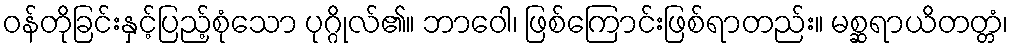
ဝန်တိုခြင်းနှင့်ပြည့်စုံသော ပုဂ္ဂိုလ်၏။ ဘာဝေါ၊ ဖြစ်ကြောင်းဖြစ်ရာတည်း။ မစ္ဆရာယိတတ္တံ၊